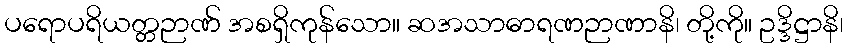
ပရောပရိယတ္တဉာဏ် အစရှိကုန်သော။ ဆအသာဓာရဏဉာဏာနိ၊ တို့ကို။ ဥဒ္ဒိဋ္ဌာနိ၊